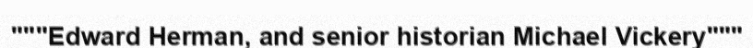
"""Edward Herman, and senior historian Michael Vickery"""